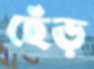
ছেঁড়